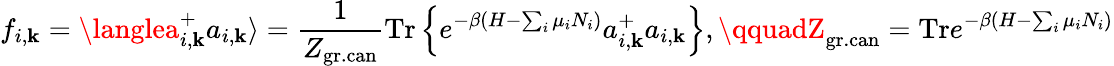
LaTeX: f_{i,\mathbf{k}}=\langlea_{i,\mathbf{k}}^{+}a_{i,\mathbf{k}}\rangle=\frac{{1}}{{Z_{\mathrm{{gr.can}}}}}\mathrm{{Tr}}\left\{ e^{-\beta(H-\sum_{i}\mu_{i}N_{i})}a_{i,\mathbf{k}}^{+}a_{i,\mathbf{k}}\right\} ,\qquadZ_{\mathrm{{gr.can}}}=\mathrm{{Tr}}e^{-\beta(H-\sum_{i}\mu_{i}N_{i})}